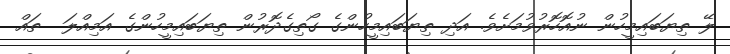
ލޭ ތިޔަބައިމީހުން ނުއޮހޮރުވުމަށެވެ. އަދި ތިޔަބައިމީހުންގެ ގޯތިގެދޮރުން ތިޔަބައިމީހުންގެ އަމިއްލަ  ތައް